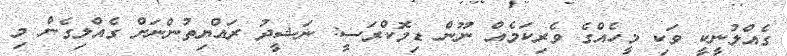
ގެއްލުނީކީ ވަކި މީހެއްގެ ވެރިކަމެއް ނޫން ޑިމޮކްރަސީ: ނަޝީދު ރައްޔިތުންނަށް ގެއްލިގެން މި